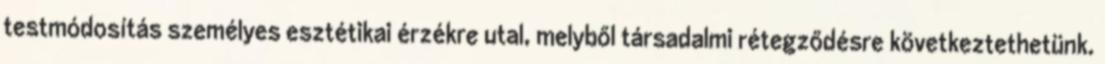
testmódosítás személyes esztétikai érzékre utal, melyből társadalmi rétegződésre következtethetünk.